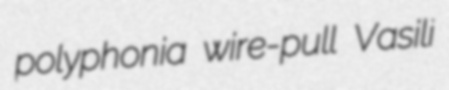
polyphonia wire-pull Vasili